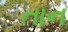
તાન